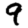
Digit: 9